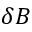
\delta B